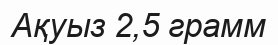
Ақуыз 2,5 грамм